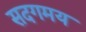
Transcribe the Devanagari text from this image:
सदगमय